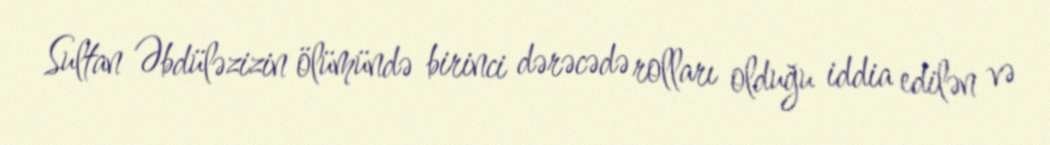
Sultan Əbdüləzizin ölümündə birinci dərəcədə rolları olduğu iddia edilən və